Medical and sanitary report of the native army of Madras for the year
Year: 1877
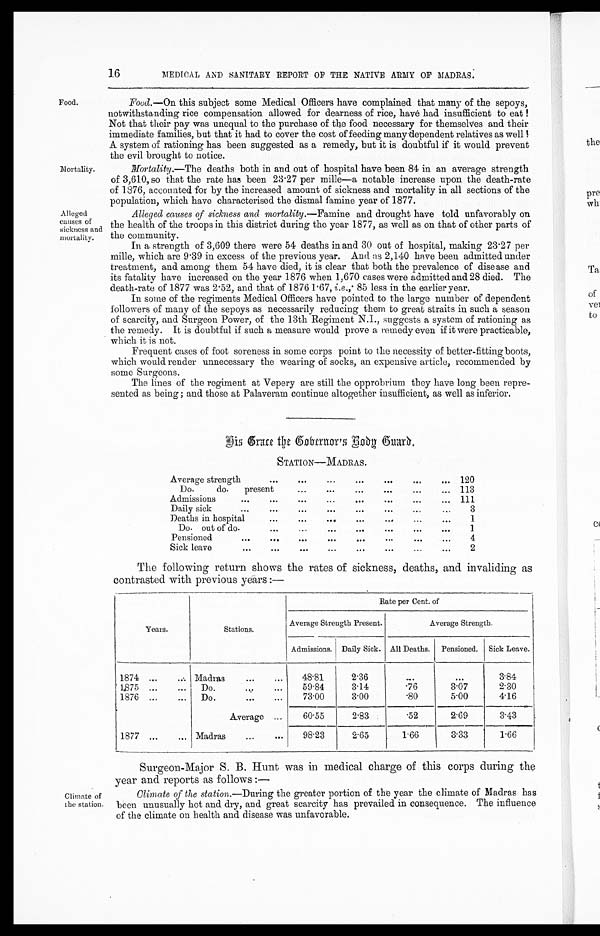
16
MEDICAL AND SANITARY REPORT OF THE NATIVE ARMY OF MADRAS.
Food.
Mortality.
Alleged
causes of
sickness and
mortality.
Food.—On this subject some Medical Officers have complained that many of the sepoys,
notwithstanding rice compensation allowed for dearness of rice, have had insufficient to eat!
Not that their pay was unequal to the purchase of the food necessary for themselves and their
immediate families, but that it had to cover the cost of feeding many dependent relatives as well!
A system of rationing has been suggested as a remedy, but it is doubtful if it would prevent
the evil brought to notice.
Mortality. —The deaths both in and out of hospital have been 84 in an average strength
of 3,610, so that the rate has been 23.27 per mille—a notable increase upon the death-rate
of 1876, accounted for by the increased amount of sickness and mortality in all sections of the
population, which have characterised the dismal famine year of 1877.
Alleged causes of sickness and mortality.— Famine and drought have told unfavorably on
the health of the troops in this district during the year 1877, as well as on that of other parts of
the community.
In a strength of 3,609 there were 54 deaths in and 30 out of hospital, making 23.27 per
mille, which are 9.39 in excess of the previous year. And as 2,140 have been admitted under
treatment, and among them 54 have died, it is clear that both the prevalence of disease and
its fatality have increased on the year 1876 when 1,670 cases were admitted and 28 died. The
death-rate of 1877 was 2.52, and that of 1876 1.67, i.e., 85 less in the earlier year.
In some of the regiments Medical Officers have pointed to the large number of dependent
followers of many of the sepoys as necessarily reducing them to great straits in such a season
of scarcity, and Surgeon Power, of the 13th Regiment N.I., suggests a system of rationing as
the remedy. It is doubtful if such a measure would prove a remedy even if it were practicable,
which it is not.
Frequent cases of foot soreness in some corps point to the necessity of better-fitting boots,
which would render unnecessary the wearing of socks, an expensive article, recommended by
some Surgeons.
The lines of the regiment at Vepery are still the opprobrium they have long been repre-
sented as being; and those at Palaveram continue altogether insufficient, as well as inferior.
H i s G r a c e t h e G o v e r n o r ' s B o d y G u a r d .
Climate of
the station.
STATION—MADRAS.
Average strength
120
Do. do. present
113
Admissions
111
Daily sick
3
Deaths in hospital
1
Do. out of do.
1
Pensioned
4
Sick leave
2
The following return shows the rates of sickness, deaths, and invaliding as
contrasted with previous years :—
Years .
Stations.
Rate per Cent. of
Average Strength Present.
Average Strength.
Admissions. Daily Sick. All Deaths.
Pensioned.
Sick Leave.
1874
Madras
48.81
2.36
. . .
...
3.84
1875
Do.
59.84
3.14
.76
3.07
2.30
1876
Do.
73.00
3.00
.80
5.00
4.16
Average
60.55
2.83
.52
2.69
3.43
1877
Madras
98.23
2.65
1.66
3.33
1.66
Surgeon-Major S. B. Hunt was in medical charge of this corps during the
Year and reports as follows:—
Climate of the station. —During the greater portion of the year the climate of Madras has
been unusually hot and dry, and great scarcity has prevailed in consequence. The influence
of the climate on health and disease was unfavorable.